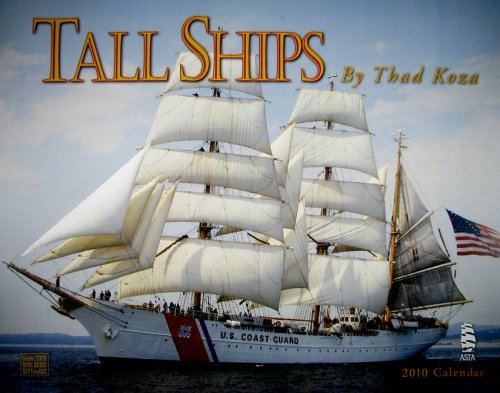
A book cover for Tall Ships Calendar; Thad Koza; Calendars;